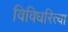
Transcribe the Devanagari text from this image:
विविधरित्या